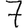
Digit: 7